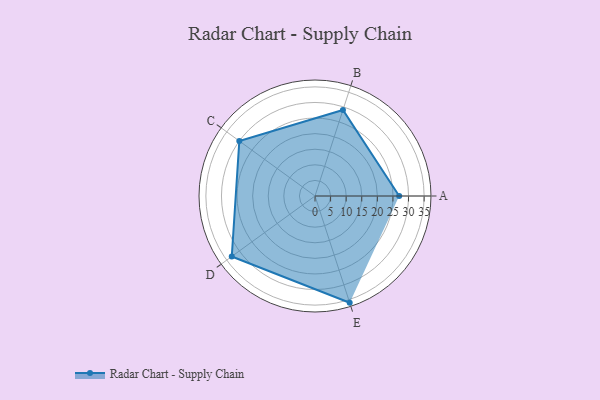
{"axis": {"x": "Skill", "y": "Score"}, "legend": ["Profile"], "data": [{"x": "A", "y": 27.0, "type": "Profile"}, {"x": "B", "y": 29.0, "type": "Profile"}, {"x": "C", "y": 30.0, "type": "Profile"}, {"x": "D", "y": 33.0, "type": "Profile"}, {"x": "E", "y": 36.0, "type": "Profile"}]}